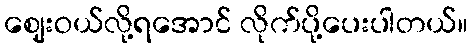
ဈေးဝယ်လို့ရအောင် လိုက်ပို့ပေးပါတယ်။